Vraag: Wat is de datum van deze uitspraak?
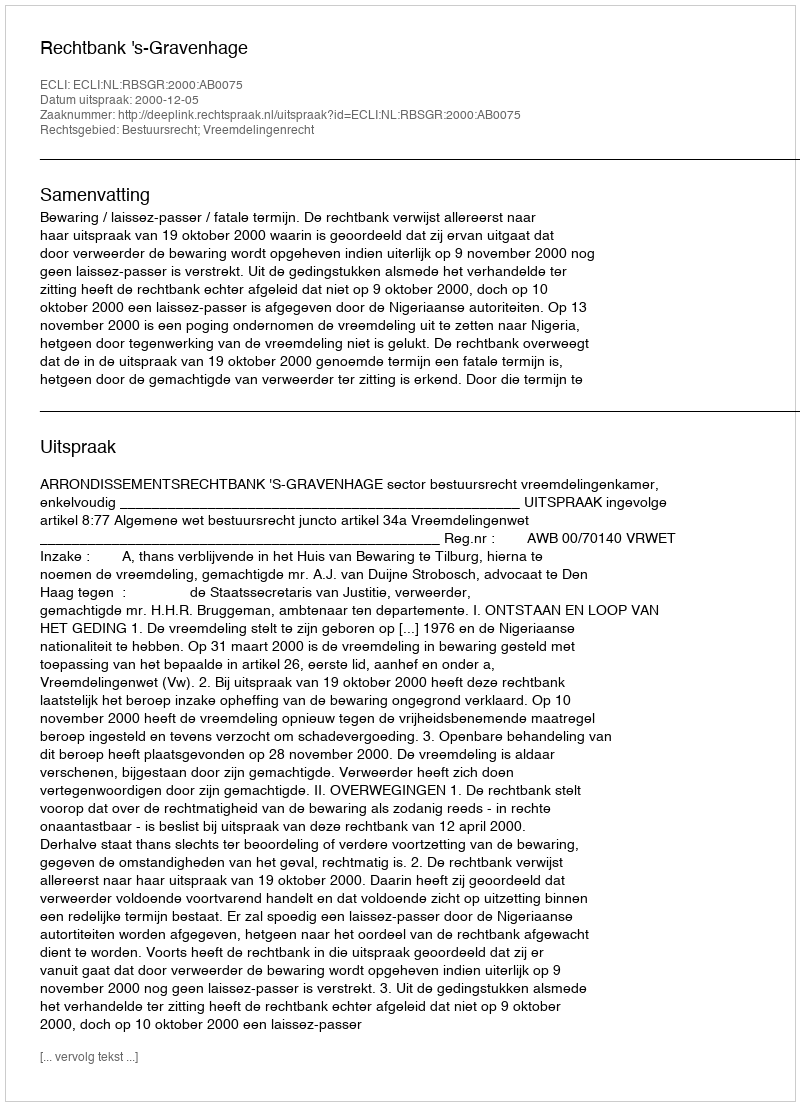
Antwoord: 2000-12-05